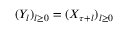
( Y _ { l } ) _ { l \ge 0 } = ( X _ { \tau + l } ) _ { l \ge 0 }